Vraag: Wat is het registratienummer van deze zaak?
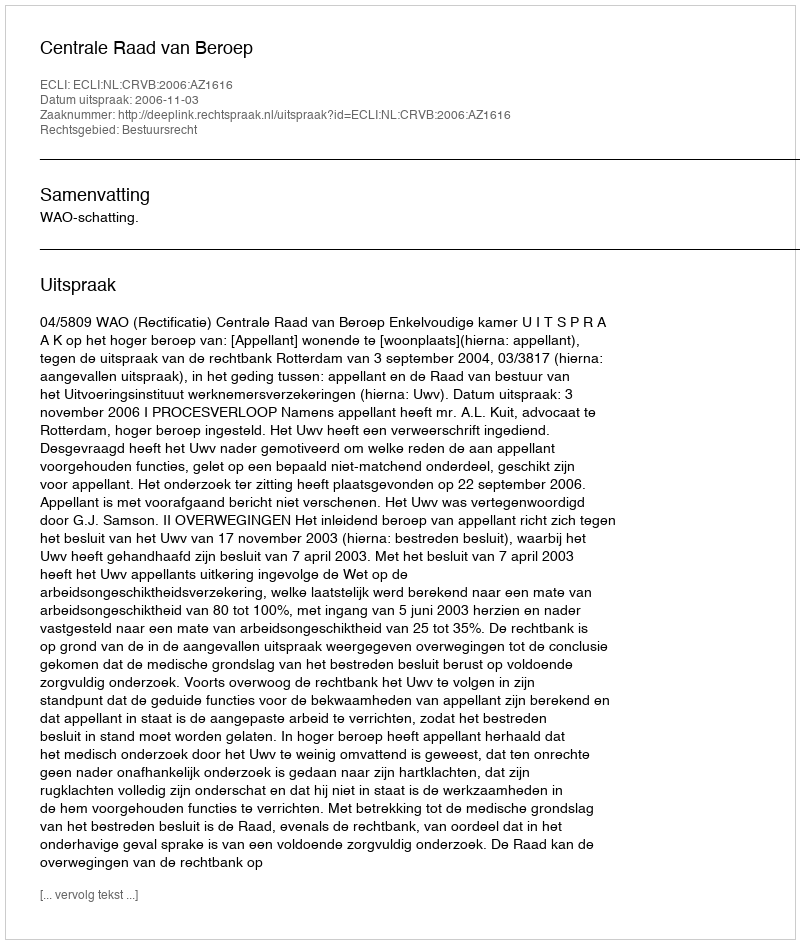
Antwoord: http://deeplink.rechtspraak.nl/uitspraak?id=ECLI:NL:CRVB:2006:AZ1616